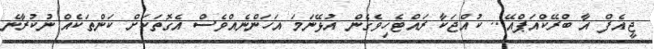
ޖީއެފް އާ ބްރޭކްއަޕްއޭ... ކުއްޖަކާ ރައްޓެހިވެގެން އުޅޭނަމަ އަހަންނެއްވެސް އެގޮތަކަށް ކަންތަކެއް ނުުކުރާނެ